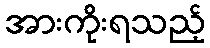
အားကိုးရသည့်